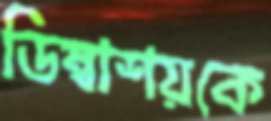
ডিম্বাশয়কে